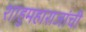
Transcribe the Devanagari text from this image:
शाहुमहाराजांची